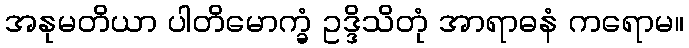
အနုမတိယာ ပါတိမောက္ခံ ဥဒ္ဒိသိတုံ အာရာဓနံ ကရောမ။